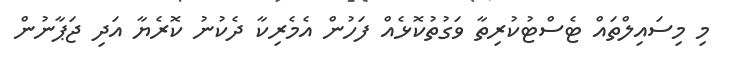
މި މިސައިލްތައް ޓެސްޓުކުރިތާ ވަގުތުކޮޅެއް ފަހުން އެމެރިކާ ދެކުނު ކޮރެޔާ އަދި ޖަޕާނުން